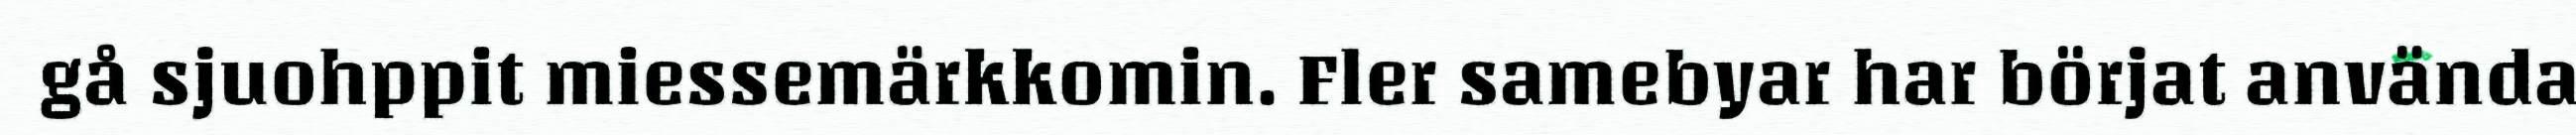
gå sjuohppit miessemärkkomin. Fler samebyar har börjat använda